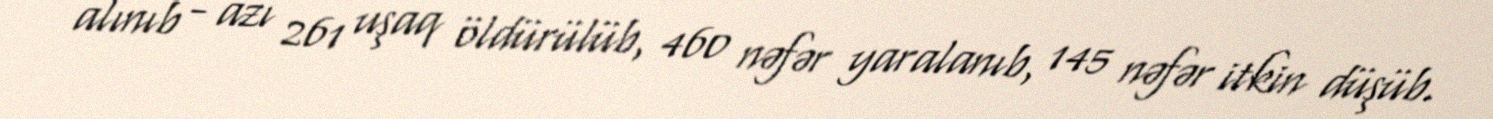
alınıb - azı 261 uşaq öldürülüb, 460 nəfər yaralanıb, 145 nəfər itkin düşüb.